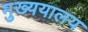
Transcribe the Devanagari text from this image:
मुख्ययालय